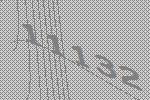
11132